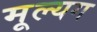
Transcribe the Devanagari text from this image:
मूल्यग